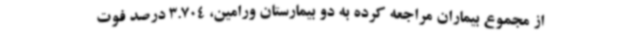
از مجموع بیماران مراجعه کرده به دو بیمارستان ورامین، 3.704 درصد فوت